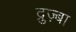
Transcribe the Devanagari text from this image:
द्रुज़्बा